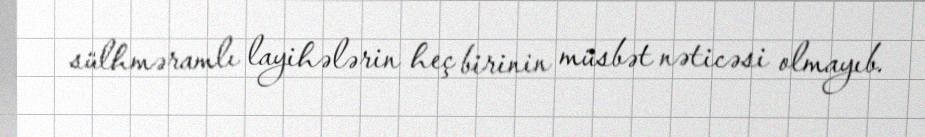
sülhməramlı layihələrin heç birinin müsbət nəticəsi olmayıb.